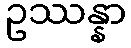
ဥဿန္နာ